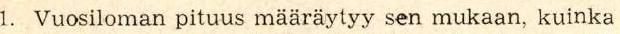
1. Vuosiloman pituus määräytyy sen mukaan,  kuinka